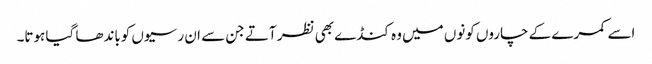
اسے کمرے کے چاروں کونوں میں وہ کنڈے بھی نظر آتے جن سے ان رسیوں کوباندھا گیا ہوتا۔